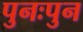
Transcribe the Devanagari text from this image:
पुनःपुन